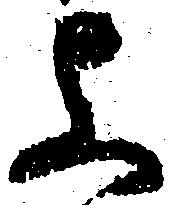
上